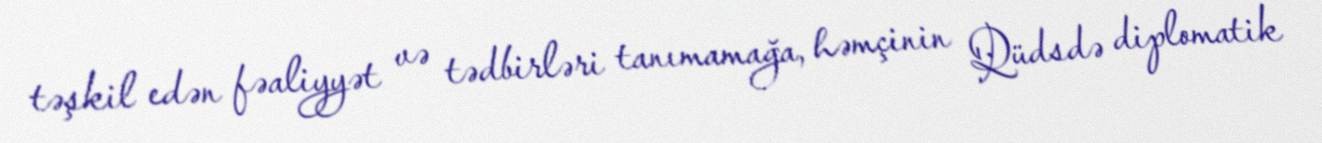
təşkil edən fəaliyyət və tədbirləri tanımamağa, həmçinin Qüdsdə diplomatik